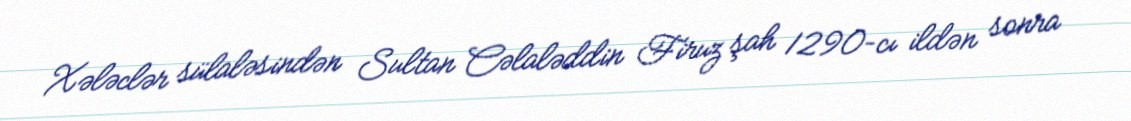
Xələclər sülaləsindən Sultan Cəlaləddin Firuz şah 1290–cı ildən sonra